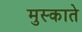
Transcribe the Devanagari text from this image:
मुस्काते